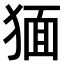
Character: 𤟯